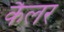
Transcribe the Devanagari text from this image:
कैलर